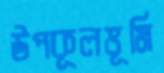
উপকূলভূমি